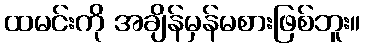
ထမင်းကို အချိန်မှန်မစားဖြစ်ဘူး။